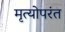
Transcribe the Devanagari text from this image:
मृत्योपरंत